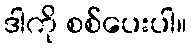
ဒါကို စစ်ပေးပါ။